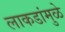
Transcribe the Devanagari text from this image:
लाकडांमुळे